Vaccination in the Punjab 1897-1904 - 1897-1904
Year: 1897
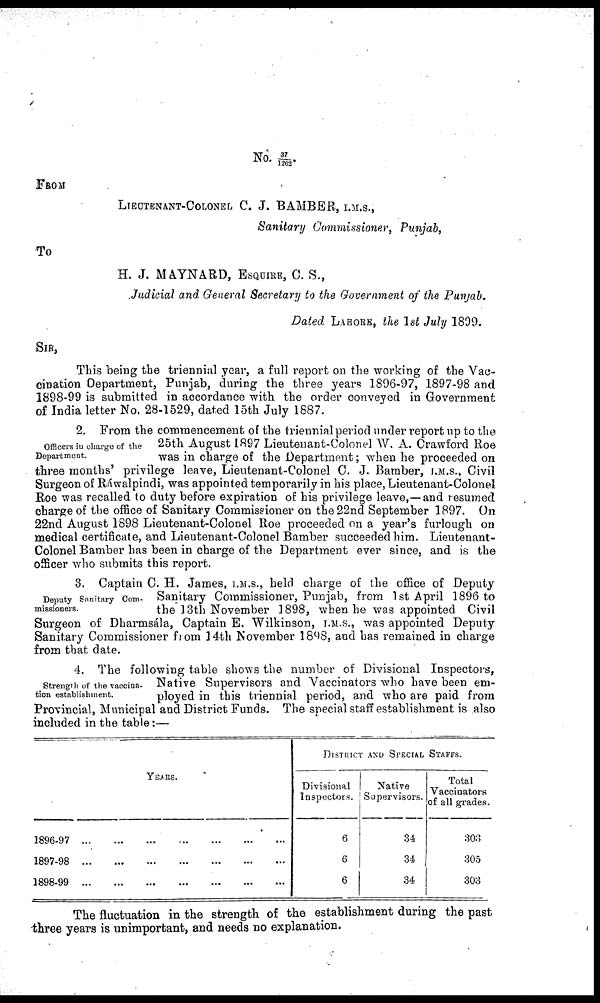
No. 37/ 1262.
FROM
LIEUTENANT-COLONEL C. J. BAMBER, I.M.S.,
Sanitary Commissioner, Punjab,
To
H. J. MAYNARD, ESQUIRE, C. S.,
Judicial and General Secretary to the Government of the Punjab.
Dated LAHORE, the 1st July 1899.
SIR,
This being the triennial year, a full report on the working of the Vac-
cination Department, Punjab, during the three years 1896-97, 1897-98 and
1898-99 is submitted in accordance with the order conveyed in Government
of India letter No. 28-1529, dated 15th July 1887.
Officers in charge of the
Department.
2. From the commencement of the triennial period under report up to the
25th August 1897 Lieutenant-Colonel W. A. Crawford Roe
was in charge of the Department; when he proceeded or
three months' privilege leave, Lieutenant-Colonel C. J. Bamber, I.M.S., Civil
Surgeon of Ráwalpindi, was appointed temporarily in his place, Lieutenant-Colone
Roe was recalled to duty before expiration of his privilege leave,—and resumed
charge of the office of Sanitary Commissioner on the 22nd September 1897. Or
22nd August 1898 Lieutenant-Colonel Roe proceeded on a year's furlough or
medical certificate, and Lieutenant-Colonel Bamber succeeded him. Lieutenant-
Colonel Bamber has been in charge of the Department ever since, and is the
officer who submits this report.
Deputy Sanitary Com¬
missioners.
3. Captain C. H. James, I.M.S., held charge of the office of Deputy
Sanitary Commissioner, Punjab, from 1st April 1896 to
the 13th November 1898, when he was appointed Civil
Surgeon of Dharmsála, Captain E. Wilkinson, I.M.S., was appointed Deputy
Sanitary Commissioner from 14th November 1898, and has remained in charge
from that date.
Strength of the vaccina-
tion establishment.
4. The following table shows the number of Divisional Inspectors.
Native Supervisors and Vaccinators who have been em-
ployed in this triennial period, and who are paid from
Provincial, Municipal and District Funds. The special staff establishment is also
included in the table:—
YEARS.
1896-97
...
...
...
...
...
...
...
1897-98
...
...
...
...
...
...
...
1898-99
...
...
...
...
...
...
...
DISTRICT AND SPECIAL STAFFS.
Divisional
Inspectors.
6
6
6
Native
Supervisors.
34
34
34
Total
Vaccinators
of all grades.
303
305
303
The fluctuation in the strength of the establishment during the past
three years is unimportant, and needs no explanation.